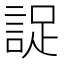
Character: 䛤